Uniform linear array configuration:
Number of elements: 8
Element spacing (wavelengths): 0.75
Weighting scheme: binomial
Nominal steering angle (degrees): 45
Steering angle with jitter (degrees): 46.555
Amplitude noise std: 0.05
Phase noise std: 0.05

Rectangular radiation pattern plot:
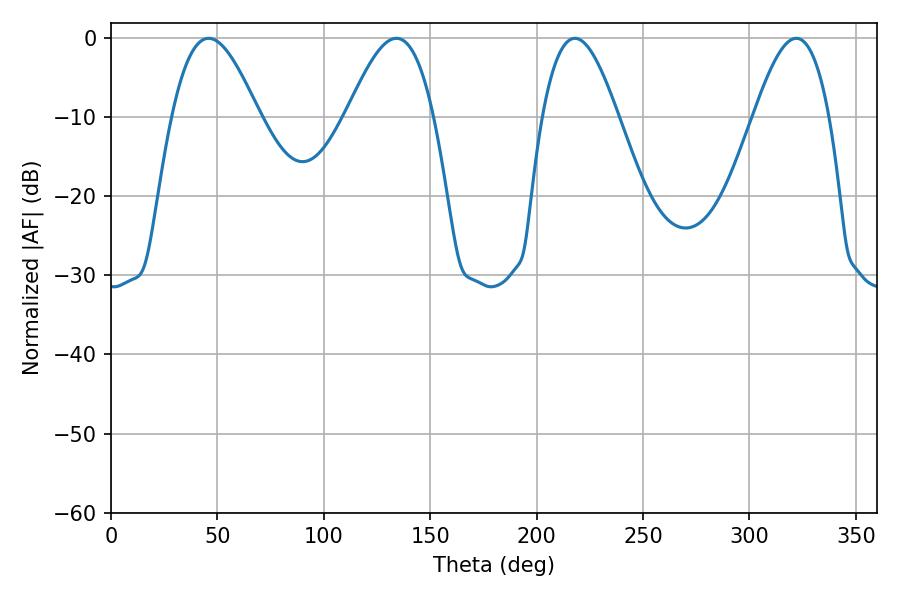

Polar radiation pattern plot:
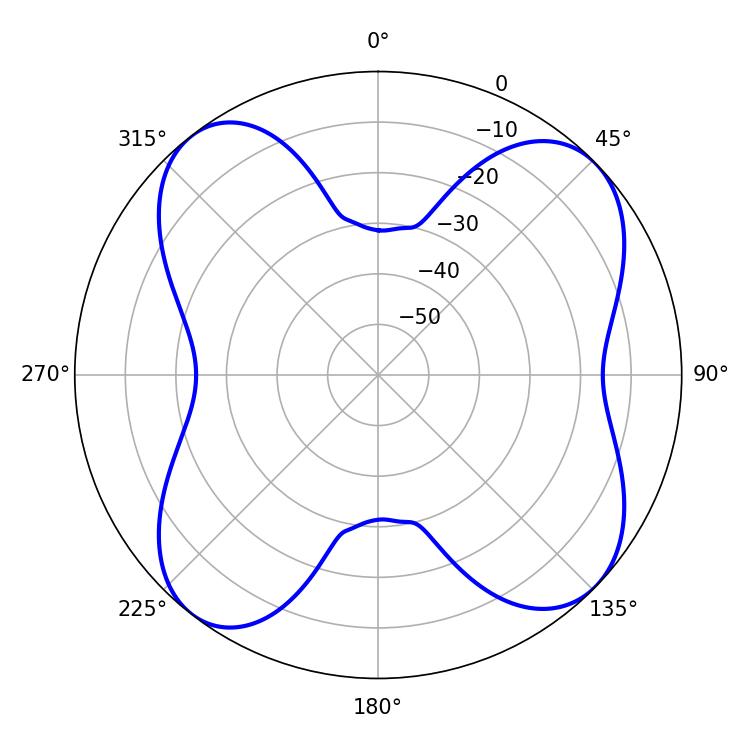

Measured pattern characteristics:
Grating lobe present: TRUE
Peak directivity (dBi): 10.835
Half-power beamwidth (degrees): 19.26
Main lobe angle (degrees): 217.98